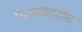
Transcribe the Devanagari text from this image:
परफॉमेंशेस